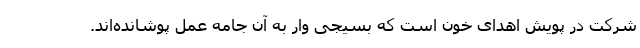
شرکت در پویش اهدای خون است که بسیجی وار به آن جامه عمل پوشانده‌اند.